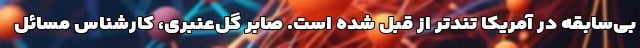
بی‌سابقه در آمریکا تندتر از قبل شده است. صابر گل‌عنبری، کارشناس مسائل